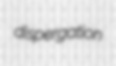
dispergation